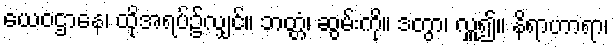
ယေဝဌာနေ၊ ထိုအရပ်၌လျှင်။ ဘတ္တံ၊ ဆွမ်းကို။ ဒတွာ၊ လှူ၍။ နိရာဟာရာ၊